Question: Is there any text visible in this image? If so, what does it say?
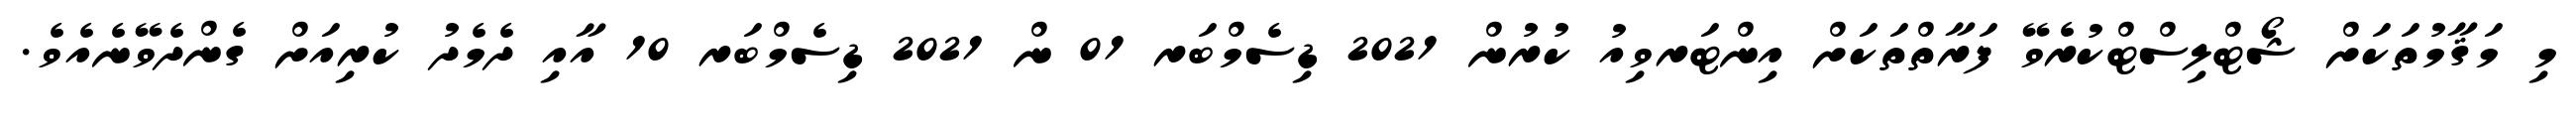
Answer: މި މަޤާމުތަކަށް ޝޯޓްލިސްޓްކުރެވޭ ފަރާތްތަކަށް އިންޓަރވިއު ކުރުން 2021 ޑިސެމްބަރ 01 ން 2021 ޑިސެމްބަރ 10 އާއި ދެމެދު ކުރިއަށް ގެންދެވޭނެއެވެ.